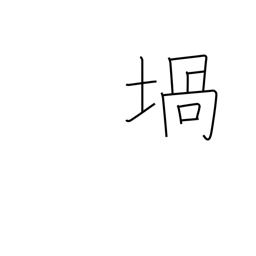
Meaning: crucible